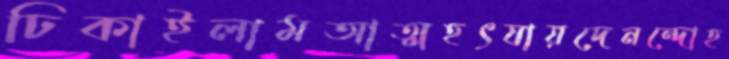
ঢিকাইলামআত্মহৎযায়দেনন্দোহ